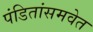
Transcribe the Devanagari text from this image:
पंडितांसमवेत